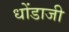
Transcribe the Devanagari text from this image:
धोंडाजी